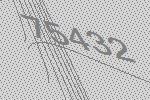
75432